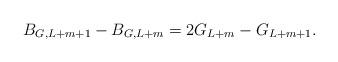
LaTeX: \begin{align*}B_{G,L+m+1}-B_{G,L+m}=2G_{L+m}-G_{L+m+1}.\end{align*}